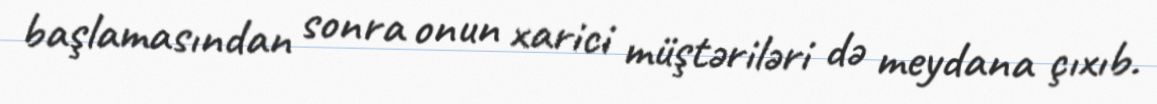
başlamasından sonra onun xarici müştəriləri də meydana çıxıb.